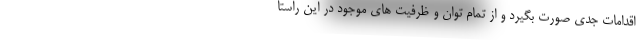
اقدامات جدی صورت بگیرد و از تمام توان و ظرفیت های موجود در این راستا